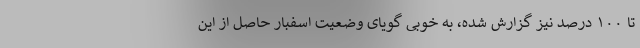
تا ۱۰۰ درصد نیز گزارش شده، به خوبی گویای وضعیت اسفبار حاصل از این